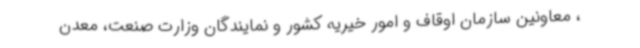
، معاونین سازمان اوقاف و امور خیریه کشور و نمایندگان وزارت صنعت، معدن